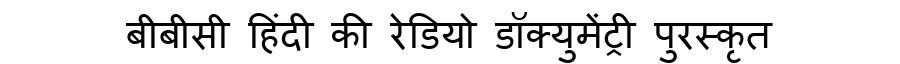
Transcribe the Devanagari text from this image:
बीबीसी हिंदी की रेडियो डॉक्युमेंट्री पुरस्कृत